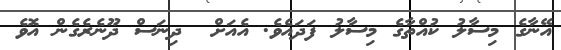
އޭނާގެ މިސާލު ކުއްތާގެ މިސާލު ފަދައެވެ. އެއަށް  ދިނަސް ދޫނެރެގެން އޮވެ